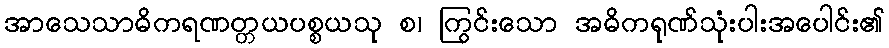
အာသေသာဓိကရဏတ္တယပစ္စယသု စ၊ ကြွင်းသော အဓိကရုဏ်သုံးပါးအပေါင်း၏